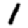
Digit: 1